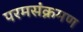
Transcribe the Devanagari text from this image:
परमसंक्रमण